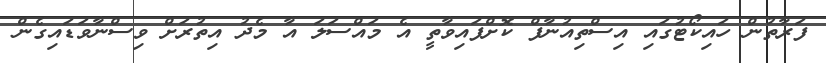
ފަރާތުން ހައިކޯޓުގައި އިސްތިއުނާފް ކޮށްފައިވާތީ އެ މައްސަލަ އާ މެދު އިތުރަށް ވިސްނާވަޑައިގެން